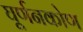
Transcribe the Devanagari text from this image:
घूर्णनकोण